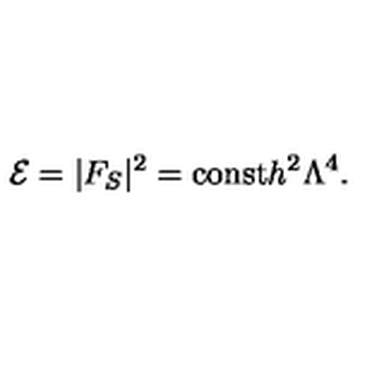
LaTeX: { \cal E } = | F _ { S } | ^ { 2 } = \mathrm { c o n s t } h ^ { 2 } \Lambda ^ { 4 } .